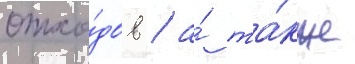
отхо́дов / а́ та́кже